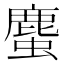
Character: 𧐠